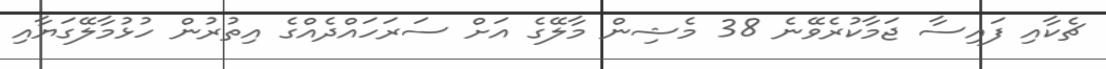
ޗެކާއި ފައިސާ ޖަމާކުރެވޭނެ 38 މެޝިން މާލޭގެ އަށް ސަރަހައްދެއްގެ އިތުރުން ހުޅުމާލޭގަޔާއި